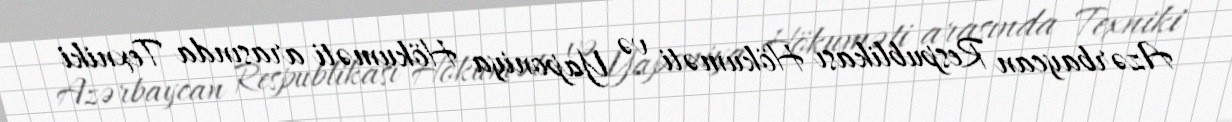
Azərbaycan Respublikası Hökuməti və Yaponiya Hökuməti arasında Texniki